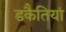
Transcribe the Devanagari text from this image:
डकैतियां